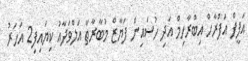
އަފީފް އަފްރާހް އިބްރާހިމް އަދި ހުސައިން ފަޔާޒް މުބާރާތާ އަލްވަދާއު ކިޔައިފި2 އަހަރު